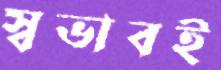
স্বভাবই